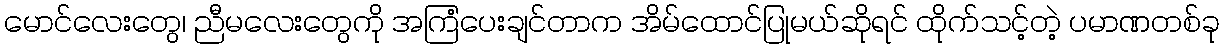
မောင်လေးတွေ၊ ညီမလေးတွေကို အကြံပေးချင်တာက အိမ်ထောင်ပြုမယ်ဆိုရင် ထိုက်သင့်တဲ့ ပမာဏတစ်ခု